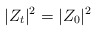
\begin{align*} |Z_t|^2 = |Z_0|^2\end{align*}